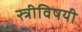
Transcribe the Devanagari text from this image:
स्त्रीविषयी